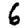
Digit: 6